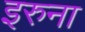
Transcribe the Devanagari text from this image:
इरुना